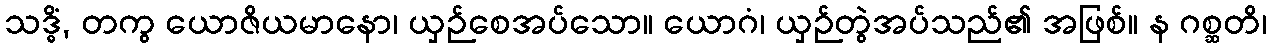
သဒ္ဓိံ, တကွ ယောဇိယမာနော၊ ယှဉ်စေအပ်သော။ ယောဂံ၊ ယှဉ်တွဲအပ်သည်၏ အဖြစ်။ န ဂစ္ဆတိ၊